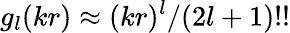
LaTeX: g_{l}(kr)\approx(kr)^{l}/(2l+1)!!